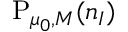
\mathrm { P } _ { \mu _ { 0 } , M } ( n _ { I } )